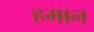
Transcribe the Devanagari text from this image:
हमान